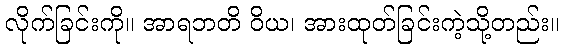
လိုက်ခြင်းကို။ အာရဘတိ ဝိယ၊ အားထုတ်ခြင်းကဲ့သို့တည်း။